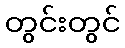
တွင်းတွင်